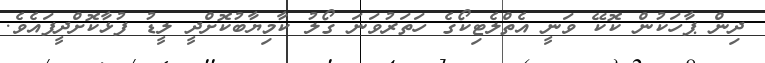
ދިން ޕާހަކުން ކޮކޭ ވަނީ އެތްލެޓިކޯގެ ހަތަރުވަނަ ގޯލު ކާމިޔާބުކޮށްދީ ލީޑު ފުޅާކޮށްދީފައެވެ.